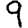
Digit: 9